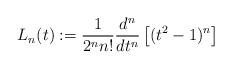
LaTeX: \begin{align*} L_n(t):=\frac{1}{2^nn!}\frac{d^n}{dt^n}\left[(t^2-1)^n\right]\end{align*}